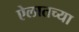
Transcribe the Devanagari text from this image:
ऐलातच्या